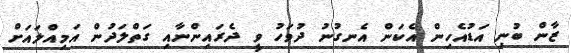
ޒާން ބުނި އަޑުއެހިން އެކަން އެނގުނު ދުވަހު ވީ ދެރައިންނާއި ގަތްލަދުން އަމިއްލައަށް